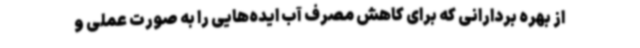
از بهره بردارانی که برای کاهش مصرف آب ایده‌هایی را به صورت عملی و